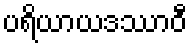
ပရိယာယဒဿာဝီ